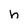
Character: h